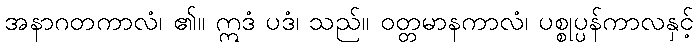
အနာဂတကာလံ၊ ၏။ ဣဒံ ပဒံ၊ သည်။ ဝတ္တမာနကာလံ၊ ပစ္စုပ္ပန်ကာလနှင့်